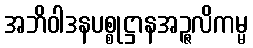
အဘိဝါဒနပစ္စုဋ္ဌာနအဉ္ဇလိကမ္မ